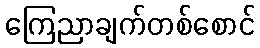
ကြေညာချက်တစ်စောင်